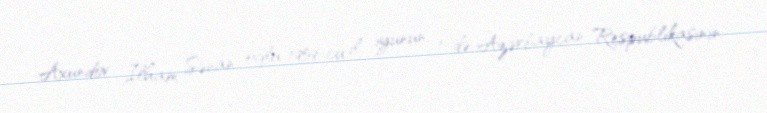
Axundov İlham Sənan oğlu 1959-cu il iyunun 1-də Azərbaycan Respublikasının